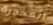
المخدرة